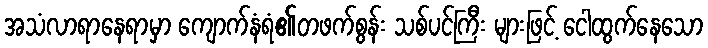
အသံလာရာနေရာမှာ ကျောက်နံရံ၏တဖက်စွန်း သစ်ပင်ကြီး များဖြင့် ငေါထွက်နေသော